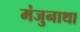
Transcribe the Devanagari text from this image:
मंजुनाथा